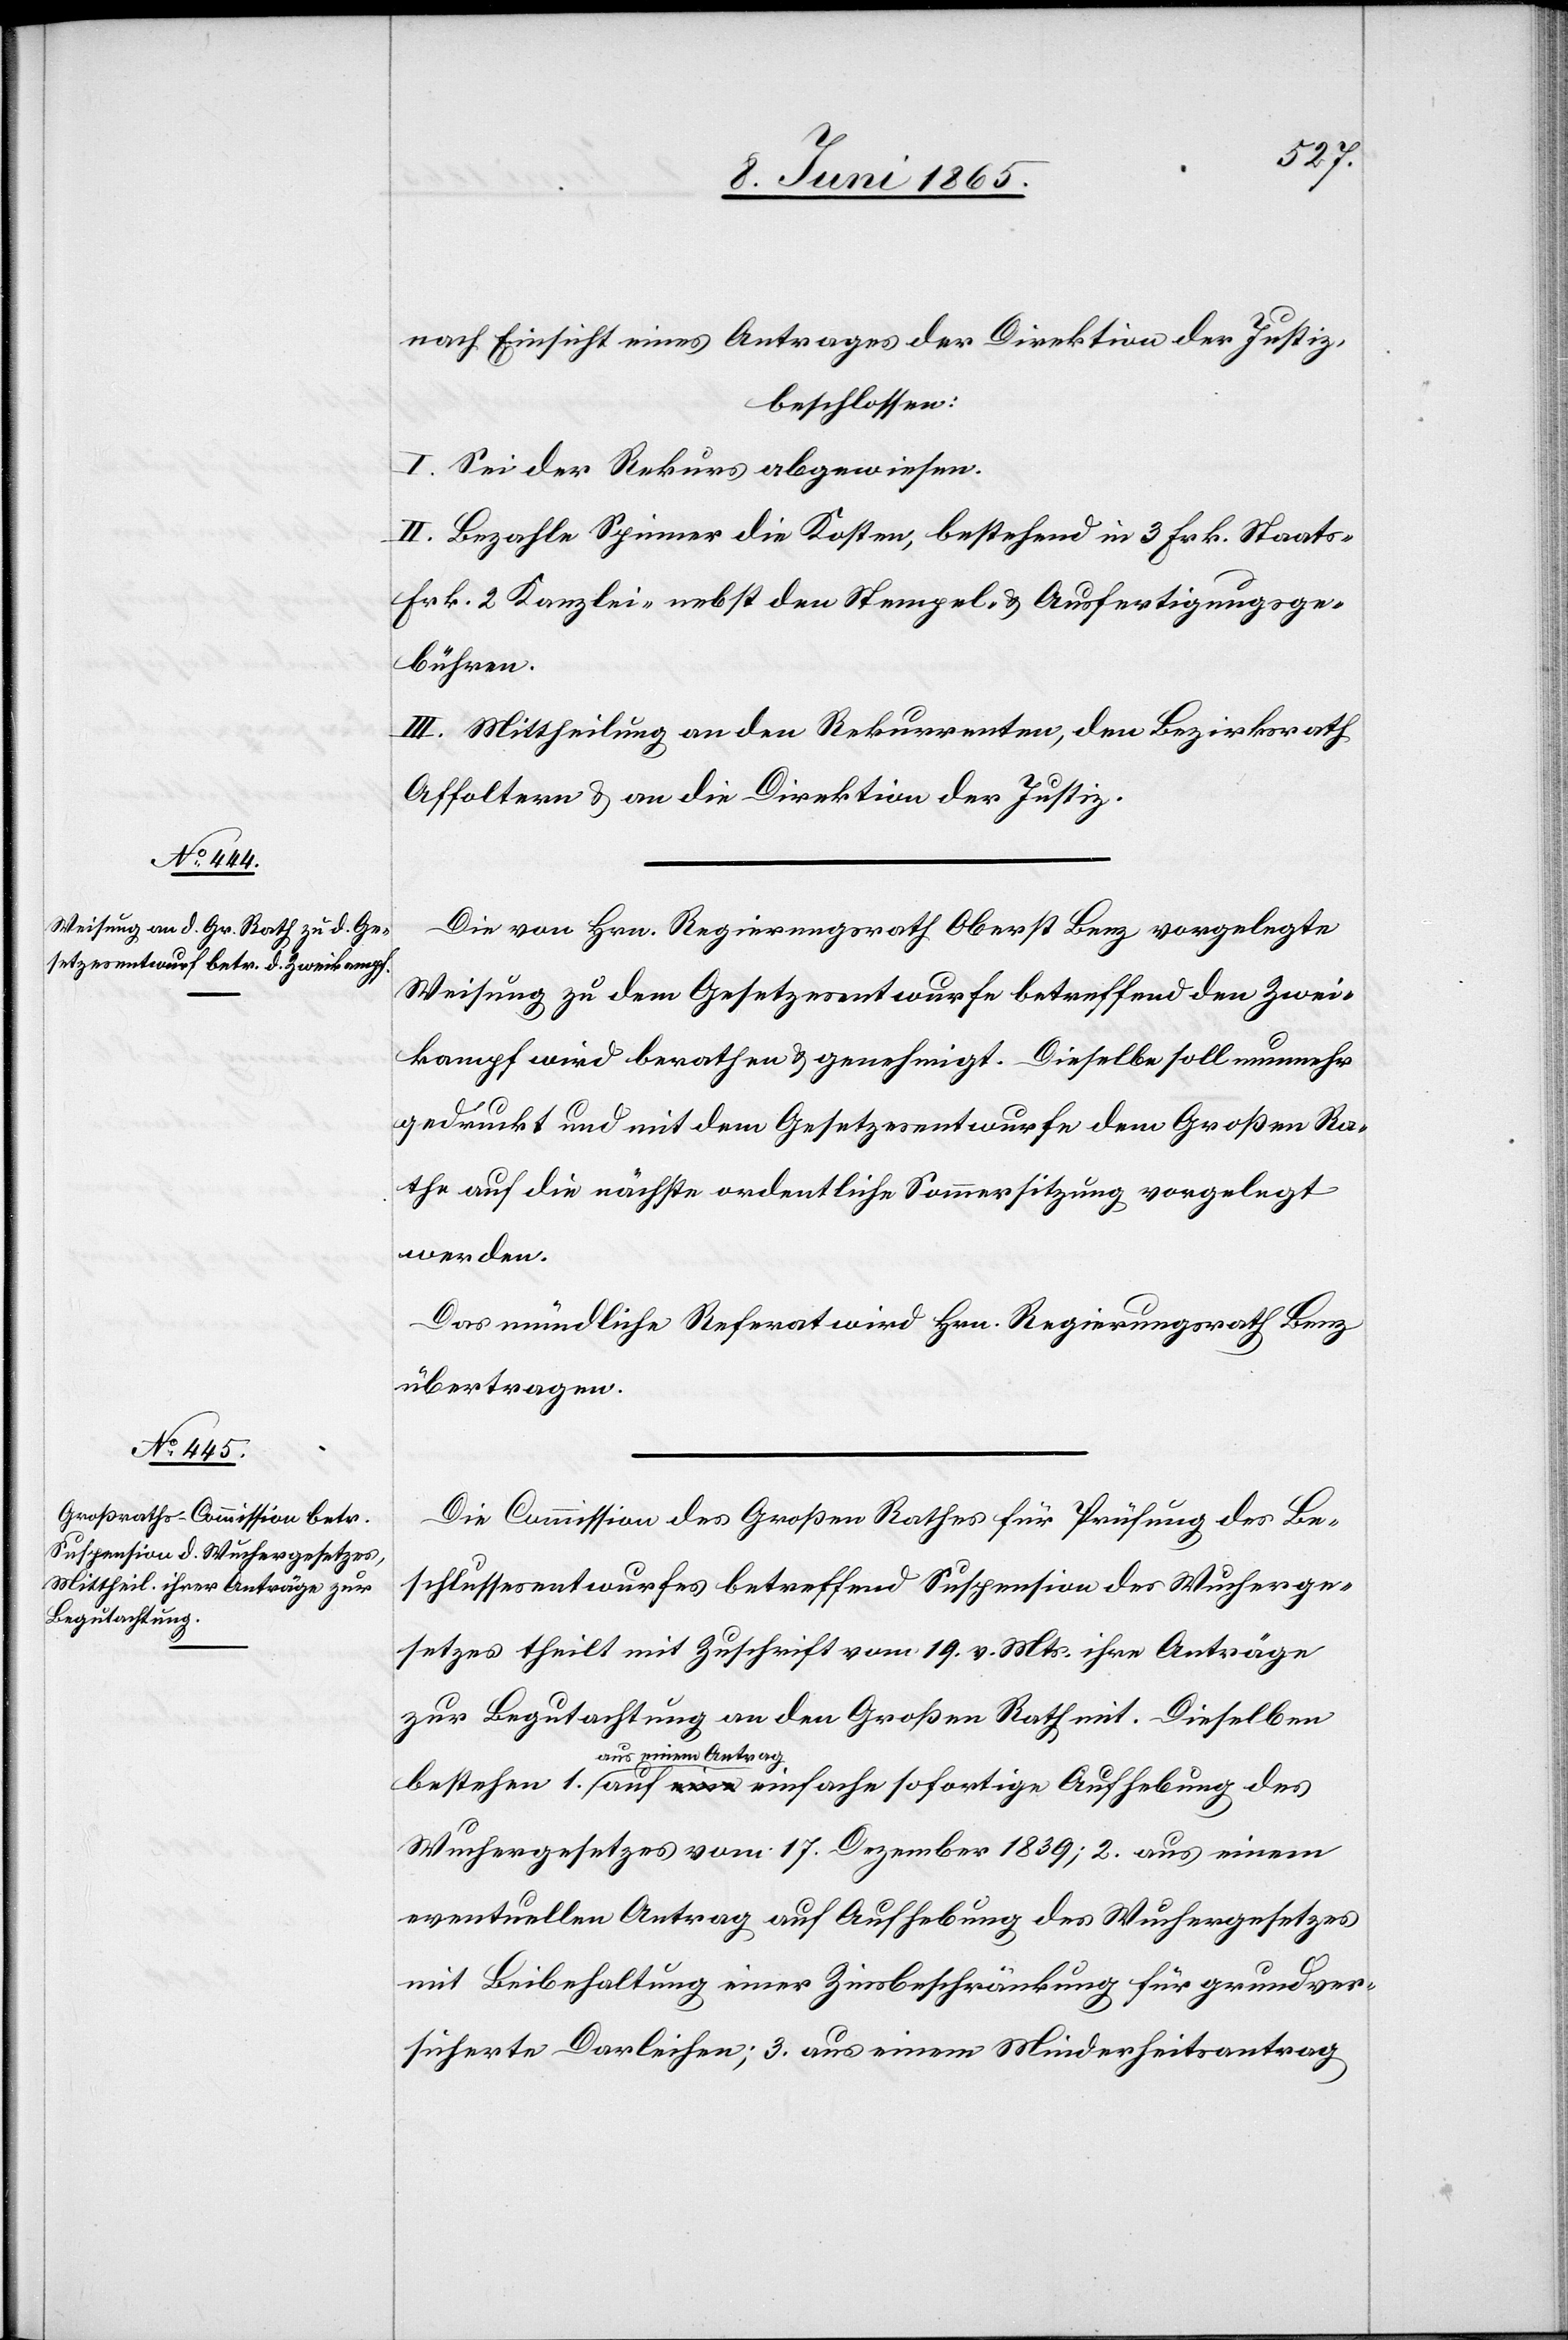
nach Einsicht eines Antrages der Direktion der Justiz,
beschlossen:
I. Sei der Rekurs abgewiesen.
II. Bezahle Spinner die Kosten, bestehend in 3 Frk. Staats-[,]
Frk. 2 Kanzlei- nebst den Stempel- & Ausfertigungsge¬
bühren.
III. Mittheilung an den Rekurrenten, den Bezirksrath
Affoltern & an die Direktion der Justiz.
Die von Hrn. Regierungsrath Oberst Benz vorgelegte
Weisung zu dem Gesetzesentwurfe betreffend den Zwei¬
kampf wird berathen & genehmigt. Dieselbe soll nunmehr
gedruckt und mit dem Gesetzesentwurfe dem Großen Ra¬
the auf die nächste ordentliche Sommersitzung vorgelegt
werden.
Das mündliche Referat wird Hrn. Regierungsrath Benz
übertragen.
Die Commission des Großen Rathes für Prüfung des Be¬
schlussesentwurfes betreffend Suspension des Wucherge¬
setzes theilt mit Zuschrift vom 19. v. Mts. ihre Anträge
zur Begutachtung an den Großen Rathe mit. Dieselben
aus einem Antrag
Wuchergesetzes vom 17. Dezember 1839; 2. aus einem
eventuellen Antrag auf Aufhebung des Wuchergesetzes
mit Beibehaltung einer Zinsbeschränkung für grundver¬
sicherte Darleihen; 3. aus einem Minderheitsantrag